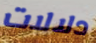
دلالات